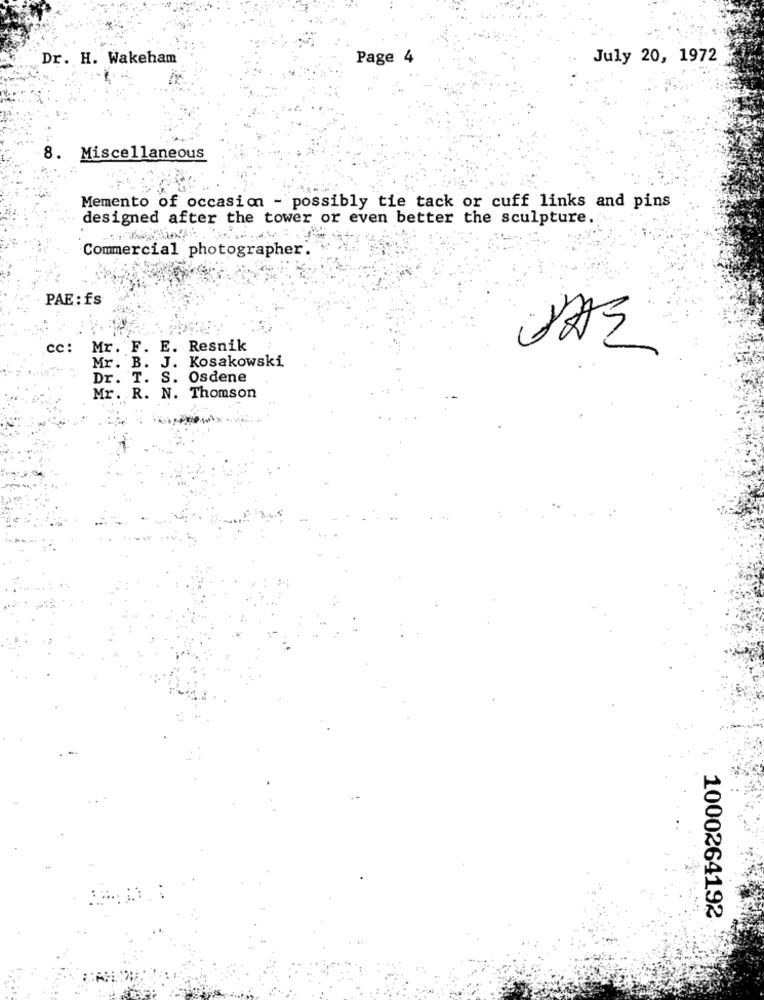
Dr. H. Wakeham
Page 4
July 20, 1972
8. Miscellaneous
Memento of occasion - possibly tie tack or cuff links and pins
designed after the tower or even better the sculpture.
Commercial photographer.
PAE: fs
cc: Mr. F. E. Resnik
Mr. B. J. Kosakowski
Dr. T. S. Osdene
Mr. R. N. Thomson
1000264192